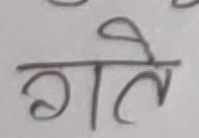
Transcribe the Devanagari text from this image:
गते